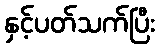
နှင့်ပတ်သက်ပြီး